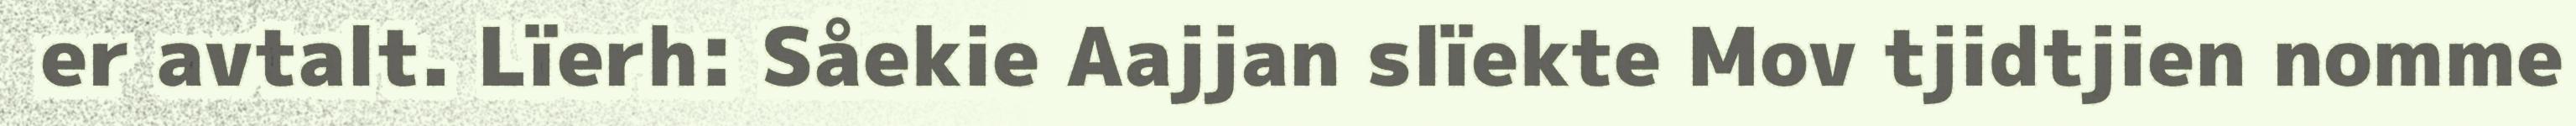
er avtalt. Lïerh: Såekie Aajjan slïekte Mov tjidtjien nomme